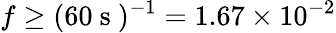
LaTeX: f\geq(60\mathrm{~s~})^{-1}=1.67\times 10^{-2}